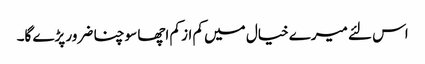
اس لئے میرے خیال میں کم از کم اچھا سوچنا ضرور پڑے گا۔